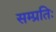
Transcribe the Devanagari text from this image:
सम्प्रतिः